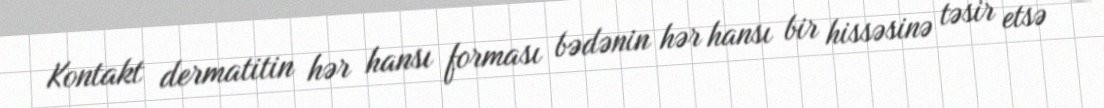
Kontakt dermatitin hər hansı forması bədənin hər hansı bir hissəsinə təsir etsə